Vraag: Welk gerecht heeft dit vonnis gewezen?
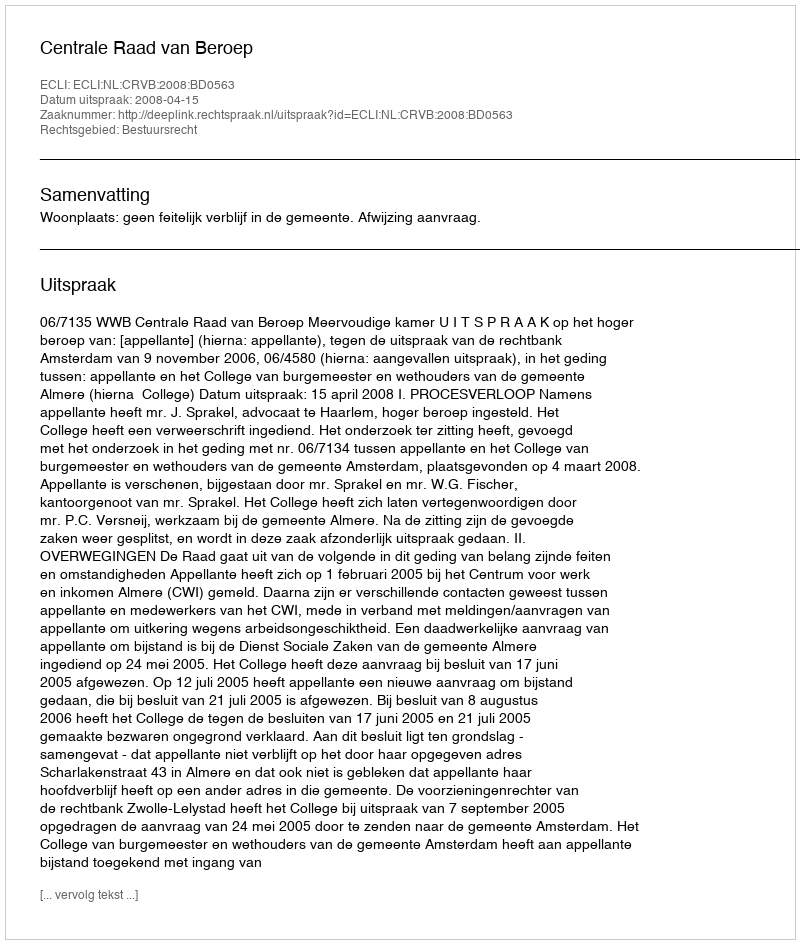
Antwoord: Centrale Raad van Beroep